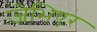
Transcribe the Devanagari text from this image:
जेभिएर